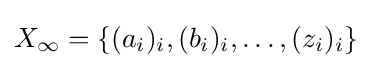
X_{\infty }=\{(a_{i})_{i},(b_{i})_{i},\dots ,(z_{i})_{i}\}